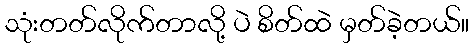
သုံးတတ်လိုက်တာလို့ ပဲ စိတ်ထဲ မှတ်ခဲ့တယ်။